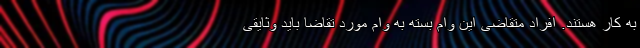
به کار هستند. افراد متقاضی این وام بسته به وام مورد تقاضا باید وثایقی